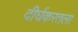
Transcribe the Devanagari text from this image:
दीर्घकरतला